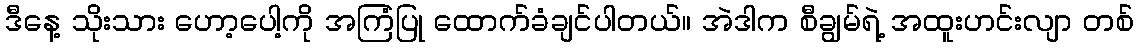
ဒီနေ့ သိုးသား ဟော့ပေါ့ကို အကြံပြု ထောက်ခံချင်ပါတယ်။ အဲဒါက စီချွမ်ရဲ့ အထူးဟင်းလျာ တစ်